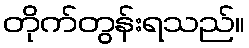
တိုက်တွန်းရသည်။